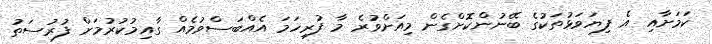
ކަމަށާއި އެ ފިޔަވަޅުތަކުގެ ބޭނުންކޮށްގެން މިއަށްވުރެ މާ ފުރިހަމަ އެއްބަސްވުމެއް ގާއިމުކުރުމަށް ފުރުސަތު